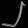
Digit: ၂